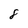
Character: 8